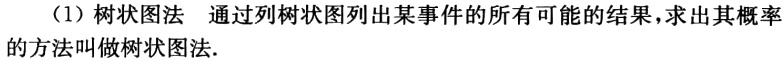
（1）树状图法  通过列树状图列出某事件的所有可能的结果，求出其概率的方法叫做树状图法.